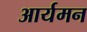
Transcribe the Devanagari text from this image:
आर्यमन